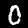
Label: 0